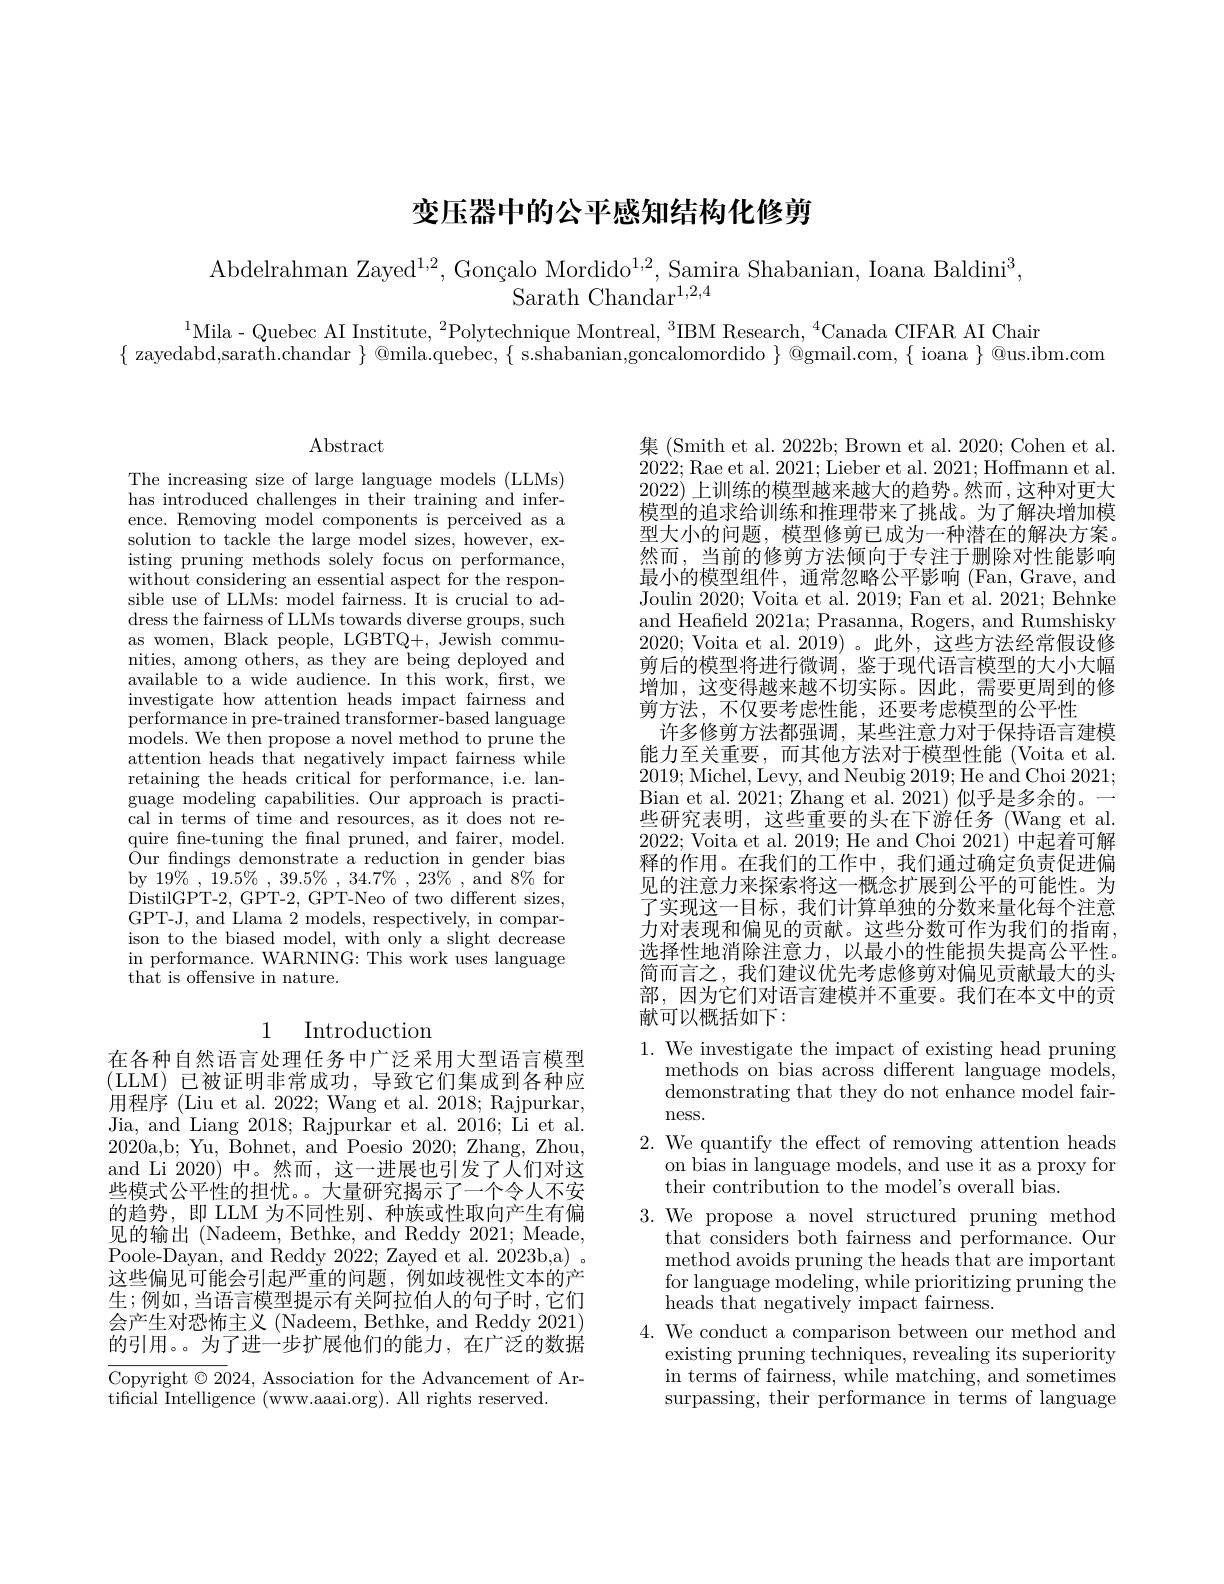
# 变压器中的公平感知结构化修剪

Abdelrahman Zayed$^1,2,\text{Gonçalo Mordido}^{1,2}$,Samira Shabanian, Ioana Baldini$^3$,
Sarath Chandar$^{1,2,4}$

$^{1}$Mila- Quebec AI Institute, $^2$Polytechnique Montreal, $^3$IBM Research, $^{4}$Canada CIFAR AI Chair

$\{$ zayedabd,sarath.chandar $\}$ @mila.quebec, $\{$ s.shabanian,goncalomordido $\}$ @gmail.com, $\{$ ioana $\}$ @us.ibm.com

$\operatorname{Abstract}$

The increasing size of large language models (LLMs) has introduced challenges in their training and inference. Removing model components is perceived as a solution to tackle the large model sizes, however, existing pruning methods solely focus on performance, without considering an essential aspect for the responsible use of LLMs: model fairness. It is crucial to address the fairness of LLMs towards diverse groups, such as women, Black people, LGBTQ+, Jewish communities, among others, as they are being deployed and available to a wide audience. In this work, first, we investigate how attention heads impact fairness and performance in pre-trained transformer-based language models. We then propose a novel method to prune the attention heads that negatively impact fairness while retaining the heads critical for performance, i.e. language modeling capabilities. Our approach is practical in terms of time and resources, as it does not require fne-tuning the fnal pruned, and fairer, model. Our fndings demonstrate a reduction in gender bias by $19\%,19.5\%,39.5\%,34.7\%,23\%$,and $8\%$for DistilGPT-2, GPT-2, GPT-Neo of two different sizes, GPT-J, and Llama $2^{\prime}$models, respectively, in comparison to the biased model, with only a slight decrease in performance. WARNING: This work uses language ${\tilde{\text{that is offensive in nature.}}}$

## 1 Introduction

在各种自然语言处理任务中广泛采用大型语言模型(LLM)已被证明非常成功，导致它们集成到各种应用程序 (Liu et al. 2022; Wang et al. 2018; Rajpurkar, Jia, and Liang 2018; Rajpurkar et al. 2016; Li et al. 2020a,b; Yu, Bohnet, and Poesio 2020; Zhang, Zhou, and Li 2020) 中。然而，这一进展也引发了人们对这些模式公平性的担忧。。大量研究揭示了一个令人不安的趋势，即 LLM 为不同性别、种族或性取向产生有偏见的输出 (Nadeem, Bethke, and Reddy 2021; Meade, Poole-Dayan, and Reddy 2022; Zayed et al. 2023b,a) 。这些偏见可能会引起严重的问题，例如歧视性文本的产生；例如，当语言模型提示有关阿拉伯人的句子时，它们会产生对恐怖主义 (Nadeem, Bethke, and Reddy 2021) 的引用。。为了进一步扩展他们的能力，在广泛的数据

Copyright $\odot2024$, Association for the Advancement of Ar-
tificial Intelligence ( www. aaai. org) . All rights reserved.

集 (Smith et al. 2022b; Brown et al. 2020; Cohen et al. 2022;Rae et al. 2021;Lieber et al. 2021;Hoffmann et al. 2022)上训练的模型越来越大的趋势。然而 ,这种对更大模型的追求给训练和推理带来了挑战。为了解决增加模型大小的问题，模型修剪已成为一种潜在的解决方案。然而，当前的修剪方法倾向于专注于删除对性能影响最小的模型组件，通常忽略公平影响 (Fan, Grave, and Joulin 2020; Voita et al. 2019; Fan et al. 2021; Behnke and Heafield 2021a; Prasanna, Rogers, and Rumshisky 2020; Voita et al. 2019)。此外，这些方法经常假设修剪后的模型将进行微调，鉴于现代语言模型的大小大幅增加，这变得越来越不切实际。因此，需要更周到的修剪方法，不仅要考虑性能，还要考虑模型的公平性
许多修剪方法都强调，某些注意力对于保持语言建模能力至关重要，而其他方法对于模型性能(Voita et al. 2019; Michel, Levy, and Neubig 2019;He and Choi 2021; Bian et al. 2021; Zhang et al. 2021) 似乎是多余的。一些研究表明，这些重要的头在下游任务(Wang et al. 2022; Voita et al. 2019; He and Choi 2021)中起着可解释的作用。在我们的工作中，我们通过确定负责促进偏见的注意力来探索将这一概念扩展到公平的可能性。为了实现这一目标，我们计算单独的分数来量化每个注意力对表现和偏见的贡献。这些分数可作为我们的指南， 选择性地消除注意力，以最小的性能损失提高公平性。简而言之，我们建议优先考虑修剪对偏见贡献最大的头部，因为它们对语言建模并不重要。我们在本文中的贡献可以概括如下：

1. We investigate the impact of existing head pruning
methods on bias across different language models, demonstrating that they do not enhance model fairness.
2. We quantify the effect of removing attention heads
on bias in language models, and use it as a proxy for
their contribution to the model's overall bias.
3.We propose a novel structured pruning method
that considers both fairness and performance. Our method avoids pruning the heads that are important for language modeling, while prioritizing pruning the heads that negatively impact fairness.
$4.{\text{ We conduct a comparison between our method and}}$
existing pruning techniques, revealing its superiority in terms of fairness, while matching, and sometimes surpassing, their performance in terms of language